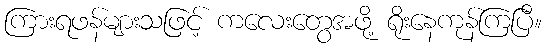
ကြားရဖန်များသဖြင့် ကလေးတွေအဖို့ ရိုးနေကုန်ကြပြီ။